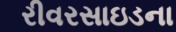
રીવરસાઇડના